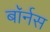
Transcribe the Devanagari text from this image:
बॉर्नस